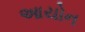
આયોન